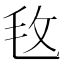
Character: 𣬲